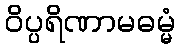
ဝိပ္ပရိဏာမဓမ္မံ